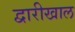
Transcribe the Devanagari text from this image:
द्वारीखाल